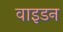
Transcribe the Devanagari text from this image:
वाइडन